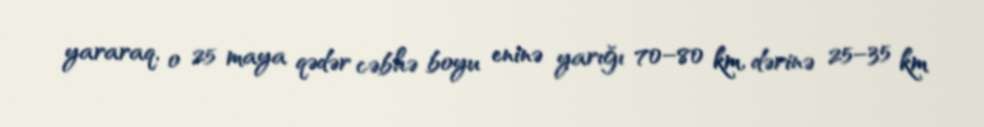
yararaq, o 25 maya qədər cəbhə boyu eninə yarığı 70–80 km, dərinə 25–35 km